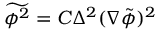
\widetilde { \phi ^ { 2 } } = C \Delta ^ { 2 } ( \nabla \tilde { \phi } ) ^ { 2 }